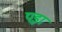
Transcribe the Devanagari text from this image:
पड़़ा